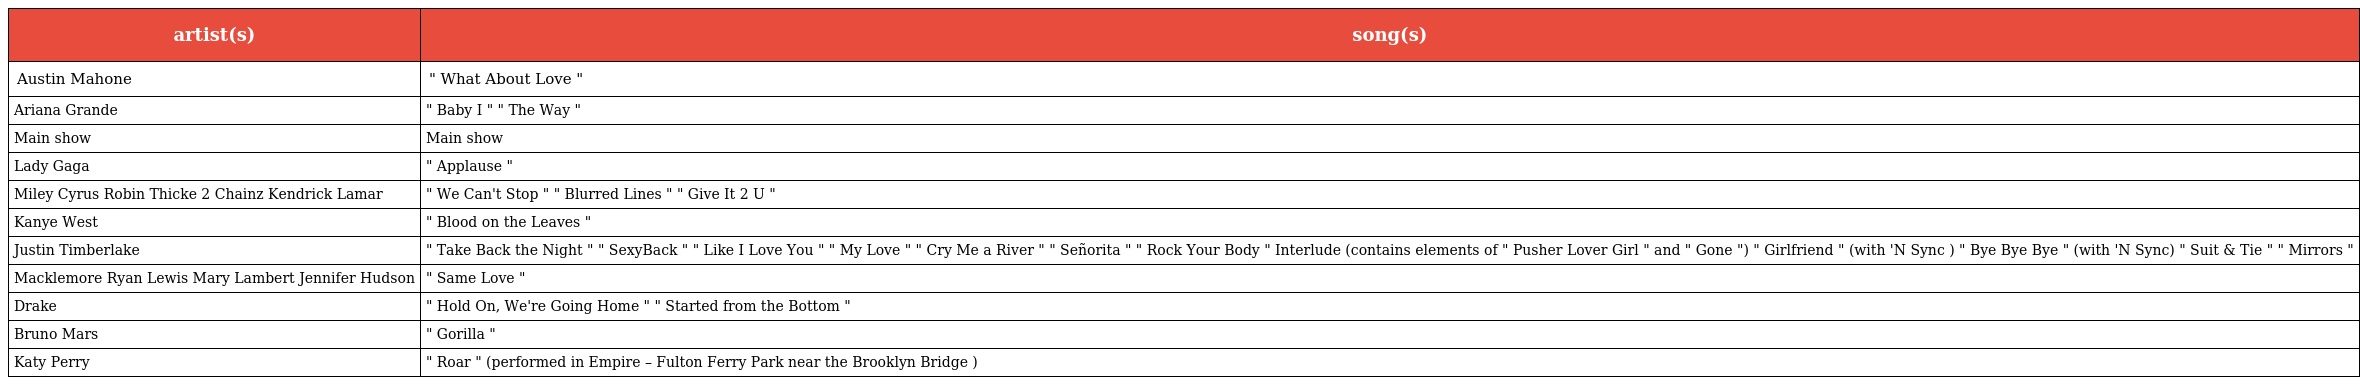
| artist(s) | song(s) |
 | --- | --- |
 | Austin Mahone | " What About Love " |
 | Ariana Grande | " Baby I " " The Way " |
 | Main show | Main show |
 | Lady Gaga | " Applause " |
 | Miley Cyrus Robin Thicke 2 Chainz Kendrick Lamar | " We Can't Stop " " Blurred Lines " " Give It 2 U " |
 | Kanye West | " Blood on the Leaves " |
 | Justin Timberlake | " Take Back the Night " " SexyBack " " Like I Love You " " My Love " " Cry Me a River " " Señorita " " Rock Your Body " Interlude (contains elements of " Pusher Lover Girl " and " Gone ") " Girlfriend " (with 'N Sync ) " Bye Bye Bye " (with 'N Sync) " Suit & Tie " " Mirrors " |
 | Macklemore Ryan Lewis Mary Lambert Jennifer Hudson | " Same Love " |
 | Drake | " Hold On, We're Going Home " " Started from the Bottom " |
 | Bruno Mars | " Gorilla " |
 | Katy Perry | " Roar " (performed in Empire – Fulton Ferry Park near the Brooklyn Bridge ) |